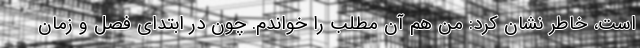
است، خاطر نشان کرد: من هم آن مطلب را خواندم. چون در ابتدای فصل و زمان